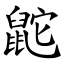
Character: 鼧